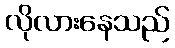
လိုလားနေသည်